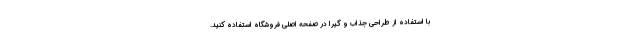
با استفاده از طراحی جذاب و گیرا در صفحه اصلی فروشگاه استفاده کنید.